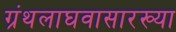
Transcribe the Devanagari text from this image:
ग्रंथलाघवासारख्या